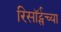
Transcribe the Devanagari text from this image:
रिसॉर्ट्सच्या